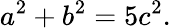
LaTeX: a^{2}+b^{2}=5c^{2}.